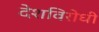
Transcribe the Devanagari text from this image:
देशविरोधी